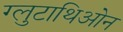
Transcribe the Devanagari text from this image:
ग्लुटाथिओन